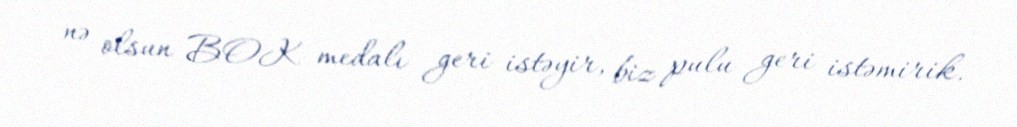
nə olsun BOK medalı geri istəyir, biz pulu geri istəmirik.